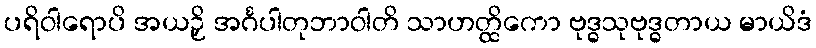
ပရိဝါရောပိ အယဉှိ အင်္ဂပါတုဘာဝါတိ သာဟတ္ထိကော ဗုဒ္ဓသုဗုဒ္ဓတာယ မာယိဒံ